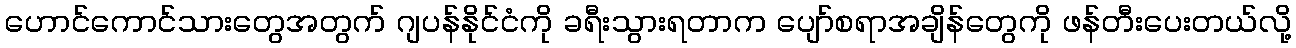
ဟောင်ကောင်သားတွေအတွက် ဂျပန်နိုင်ငံကို ခရီးသွားရတာက ပျော်စရာအချိန်တွေကို ဖန်တီးပေးတယ်လို့